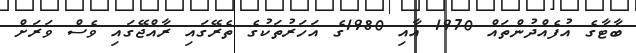
ބާޓާގެ އުފެއްދުންތައް 1970 އާއި 1980ގެ އަހަރުތަކުގެ ތެރޭގައި ރާއްޖޭގައި ވެސް ވަރަށް